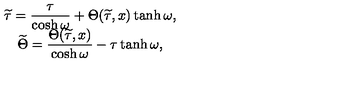
\begin{array} { c } { \widetilde { \tau } = \displaystyle \frac { \tau } { \cosh \omega } + \Theta ( \widetilde { \tau } , x ) \tanh \omega , \hfill } \\ { \widetilde { \Theta } = \displaystyle \frac { \Theta ( \widetilde { \tau } , x ) } { \cosh \omega } - \tau \tanh \omega , \hfill } \\ \end{array}